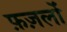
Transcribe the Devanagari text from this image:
फ़ज़लों